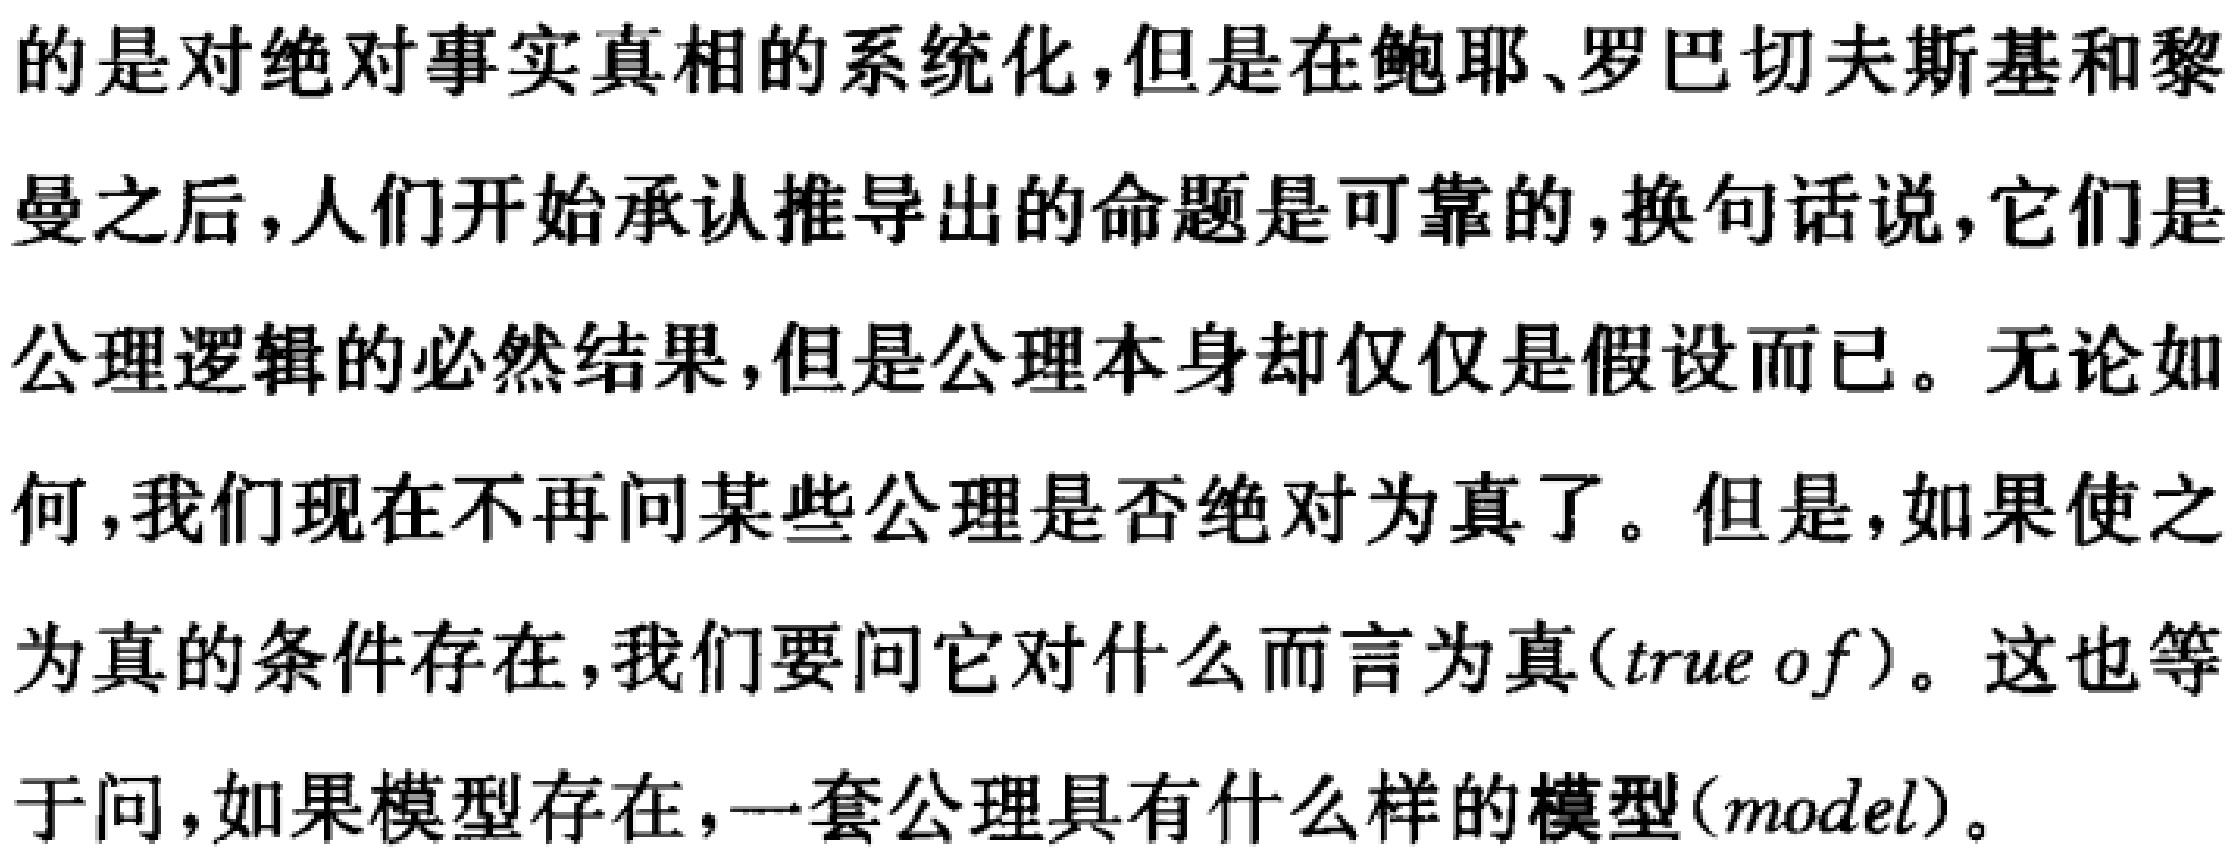
的是对绝对事实真相的系统化,但是在鲍耶、罗巴切夫斯基和黎曼之后,人们开始承认推导出的命题是可靠的,换句话说,它们是公理逻辑的必然结果,但是公理本身却仅仅是假设而已。无论如何,我们现在不再问某些公理是否绝对为真了。但是,如果使之为真的条件存在,我们要问它对什么而言为真(true of)。这也等于问,如果模型存在,一套公理具有什么样的模型(model)。